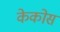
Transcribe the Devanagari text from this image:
केकोस